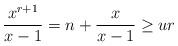
LaTeX: \begin{align*} \frac{x^{r+1}}{x-1}=n+\frac{x}{x-1}\geq ur \end{align*}